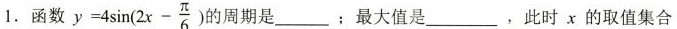
1.函数y $$=4 \sin(2x- \frac{\pi}{6})$$ 的周期是_________；最大值是_________，此时χ的取值集合